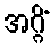
အဂ္ဂိံ